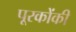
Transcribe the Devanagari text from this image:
पूरकोंकी